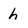
Character: h